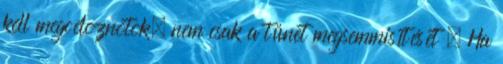
kell megcéloznotok, nem csak a tünet megsemmisítését . Ha